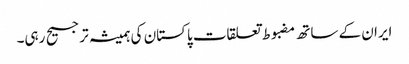
ایران کے ساتھ مضبوط تعلقات پاکستان کی ہمیشہ ترجیح رہی۔